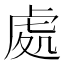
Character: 處